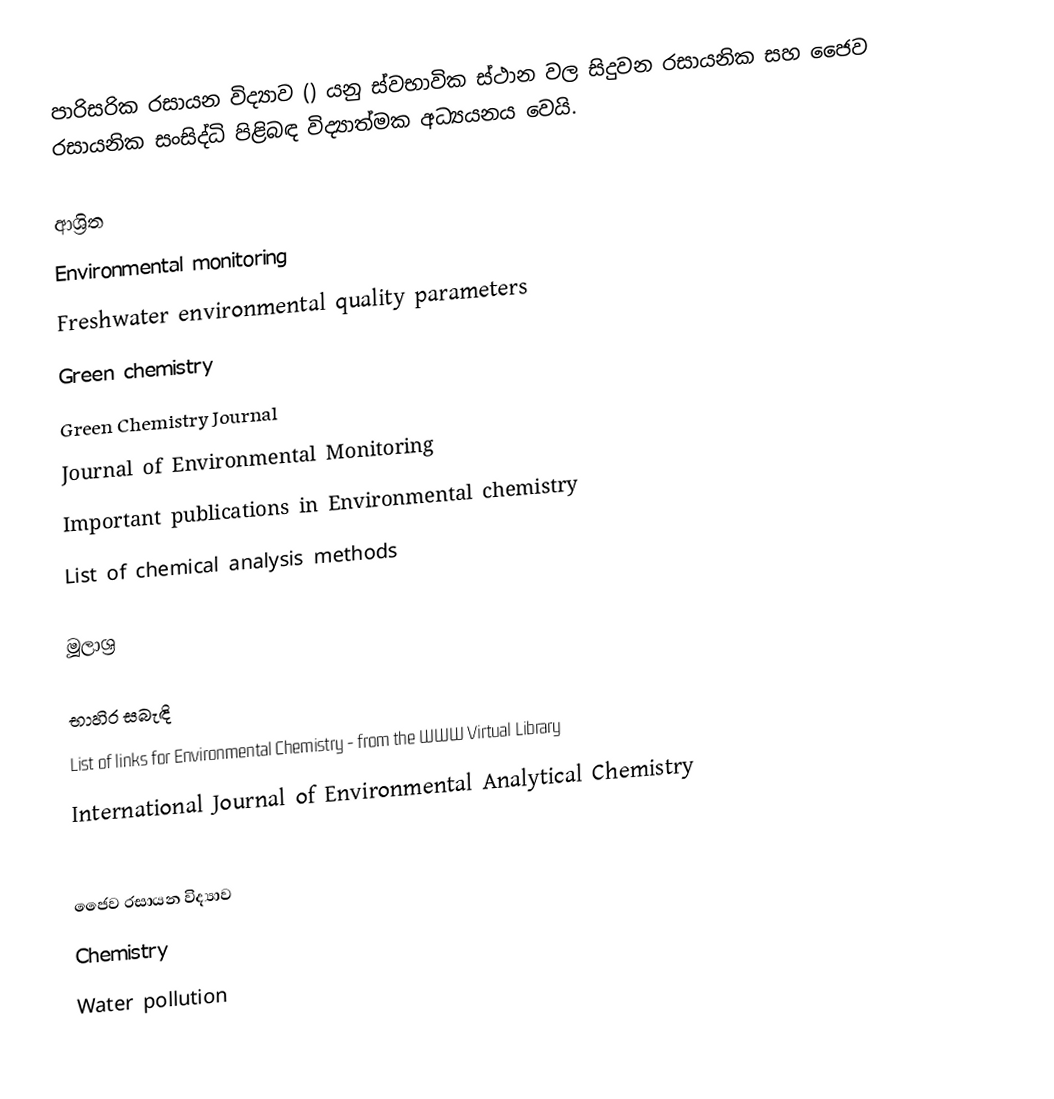
පාරිසරික රසායන විද්‍යාව () යනු ස්වභාවික ස්ථාන වල සිදුවන රසායනික සහ ජෛව රසායනික සංසිද්ධි පිළිබඳ විද්‍යාත්මක අධ්‍යයනය වෙයි.

ආශ්‍රිත
 Environmental monitoring
 Freshwater environmental quality parameters
 Green chemistry
 Green Chemistry Journal
 Journal of Environmental Monitoring
 Important publications in Environmental chemistry
 List of chemical analysis methods

මූලාශ්‍ර

භාහිර සබැඳි
List of links for Environmental Chemistry - from the WWW Virtual Library
International Journal of Environmental Analytical Chemistry

ජෛව රසායන විද්‍යාව
Chemistry
Water pollution